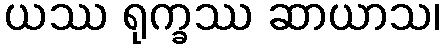
ယဿ ရုက္ခဿ ဆာယာသ၊